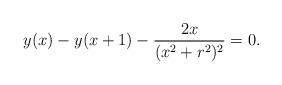
LaTeX: \begin{align*}y(x)-y(x+1)-\frac{2x}{(x^2+r^2)^2}=0.\end{align*}